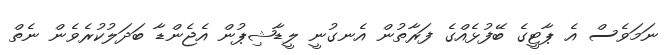
ނަމަވެސް އެ ޕާޓީގެ ބޭފުޅެއްގެ ފަރާތުން އެނގުނީ ލީޑާޝިޕުން އެޖެންޑާ ބަދަލުކުރެވެން ނެތް